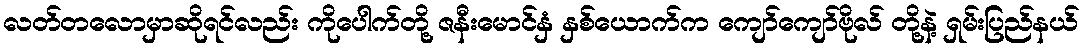
လတ်တလောမှာဆိုရင်လည်း ကိုပေါက်တို့ ဇနီးမောင်နှံ နှစ်ယောက်က ကျော်ကျော်ဗိုလ် တို့နဲ့ ရှမ်းပြည်နယ်